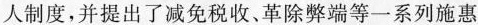
人制度，并提出了减免税收，革除弊等一系列能惠